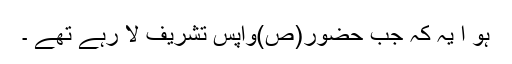
ہو ا یہ کہ جب حضور(ص)واپس تشریف لا رہے تھے ۔